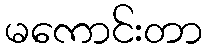
မကောင်းတာ